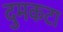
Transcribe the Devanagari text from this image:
दुमकटा